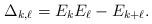
LaTeX: \begin{align*} \Delta_{k,\ell} = E_k E_{\ell} - E_{k+\ell}.\end{align*}